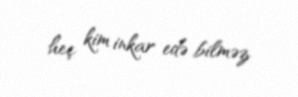
heç kim inkar edə bilməz.